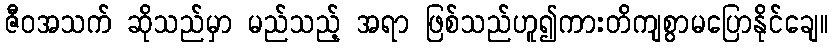
ဇီဝအသက် ဆိုသည်မှာ မည်သည့် အရာ ဖြစ်သည်ဟူ၍ကားတိကျစွာမပြောနိုင်ချေ။